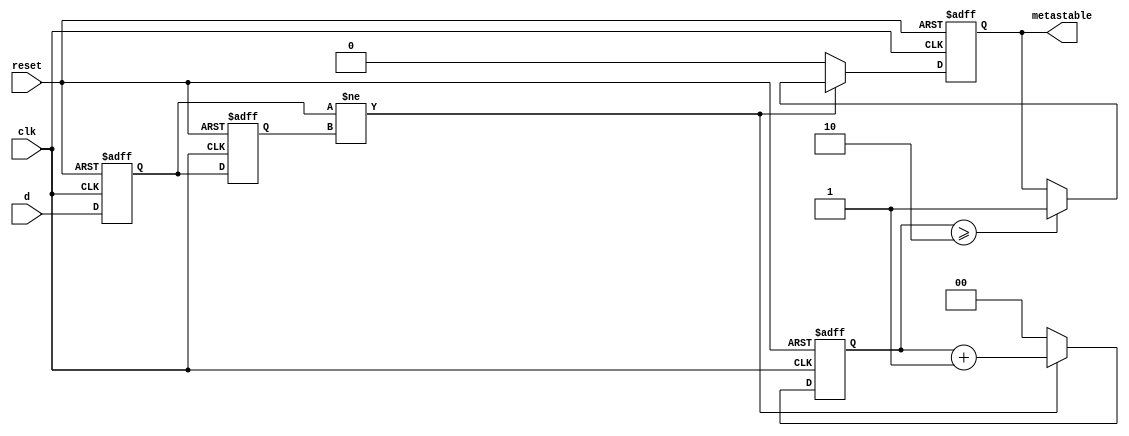
module metastability_detector (
    input wire clk,          // Clock signal
    input wire reset,        // Asynchronous reset signal
    input wire d,           // Signal to monitor for metastability
    output reg metastable    // Output signal indicating metastability
);

    // Internal signals for flip-flop outputs
    reg Q1;
    reg Q2;

    // Parameters for metastability detection
    parameter METASTABLE_THRESHOLD = 2; // Number of clock cycles to determine metastability

    // Counter to track the number of cycles in metastable state
    reg [1:0] metastable_counter;

    // Flip-flop sampling the input signal
    always @(posedge clk or posedge reset) begin
        if (reset) begin
            Q1 <= 1'b0;
        end else begin
            Q1 <= d; // Sample the input signal
        end
    end

    // Second flip-flop sampling the output of the first flip-flop
    always @(posedge clk or posedge reset) begin
        if (reset) begin
            Q2 <= 1'b0;
        end else begin
            Q2 <= Q1; // Sample the output of the first flip-flop
        end
    end

    // Metastability detection logic
    always @(posedge clk or posedge reset) begin
        if (reset) begin
            metastable <= 1'b0;
            metastable_counter <= 2'b00;
        end else begin
            // Check if Q1 and Q2 are different, indicating a potential metastable condition
            if (Q1 != Q2) begin
                metastable_counter <= metastable_counter + 1;
                if (metastable_counter >= METASTABLE_THRESHOLD) begin
                    metastable <= 1'b1; // Indicate metastability
                end
            end else begin
                metastable_counter <= 2'b00; // Reset counter if stable
                metastable <= 1'b0; // Clear metastability indication
            end
        end
    end

endmodule